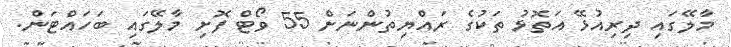
މާލޭގައި ދިރިއުޅޭ އަތޮޅު ތަކުގެ ރައްޔިތުންނަށް 55 ވޯޓް ފޮށި މާލޭގައި ބަހައްޓަން.